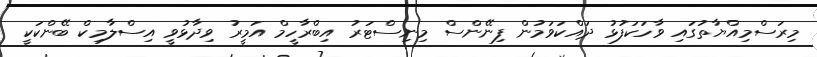
މިރަސްމިއްޔާތުގައި ވާހަކަފުޅު ދައްކަވަމުން ފިނޭންސް މިނިސްޓަރު އިބްރާހީމް އަމީރު ވިދާޅުވީ އިސްލާމިކް ބޭންކަކީ